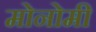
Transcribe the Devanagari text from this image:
मोनोमी